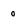
Character: 0